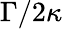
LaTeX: \Gamma/2\kappa